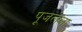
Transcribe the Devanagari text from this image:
पूजलेला